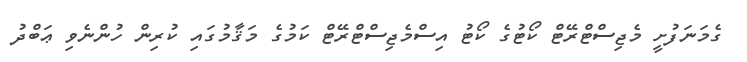
ގެމަނަފުށީ މެޖިސްޓްރޭޓް ކޯޓުގެ ކޯޓު އިސްމެޖިސްޓްރޭޓް ކަމުގެ މަޤާމުގައި ކުރިން ހުންނެވި ޢަބްދު